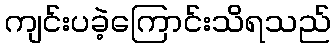
ကျင်းပခဲ့ကြောင်းသိရသည်